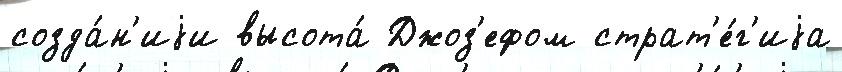
созда́н'иjи высота́ Джоз'ефом страт'е́г'иjа